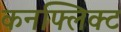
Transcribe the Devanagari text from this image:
कनफ्लिक्ट